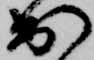
出